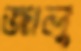
জ্ঞালু